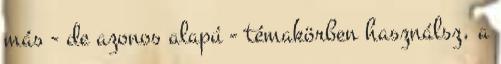
más - de azonos alapú - témakörben használsz, a